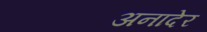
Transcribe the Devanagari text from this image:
अनादेर